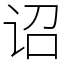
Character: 诏